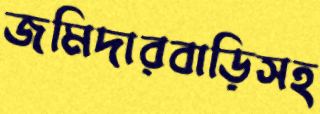
জমিদারবাড়িসহ